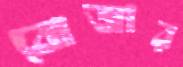
বোজার